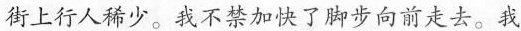
街上行人稀少。我不禁加快了脚步向前走去。我